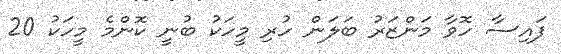
ފައިސާ ހޮވާ މަންޒަރު ބަލަން ހުރި މީހަކު ބުނީ ކޮންމެ މީހަކު 20